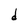
Character: d